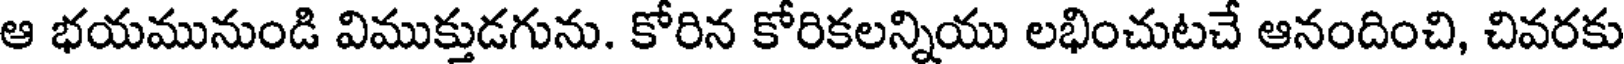
ఆ భయమునుండి విముక్తుడగును. కోరిన కోరికలన్నియు లభించుటచే ఆనందించి, చివరకు